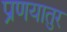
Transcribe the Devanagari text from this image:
प्रणयातुर